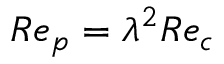
R e _ { p } = \lambda ^ { 2 } R e _ { c }